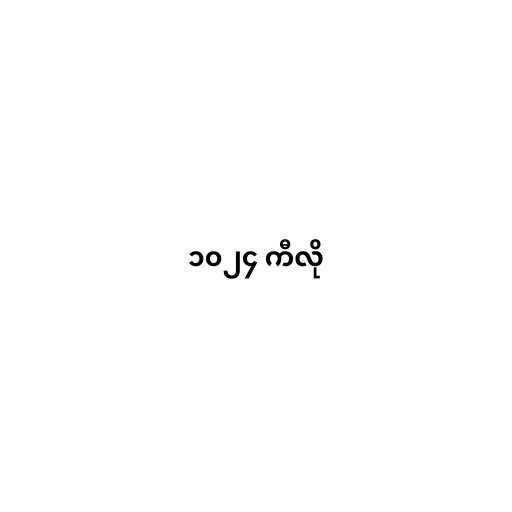
၁၀၂၄ ကီလို